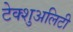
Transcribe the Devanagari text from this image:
टेक्शुअलिटी